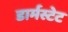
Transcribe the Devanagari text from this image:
डार्मस्टेट